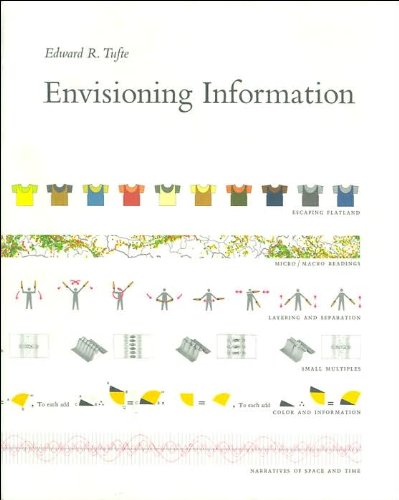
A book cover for Envisioning Information; Edward R. Tufte; Arts & Photography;